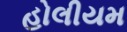
હોલીયમ